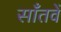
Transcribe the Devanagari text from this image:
साँतवें